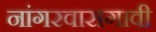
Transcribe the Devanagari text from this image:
नांगरवासगावी